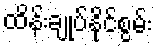
ထိန်းချုပ်နိုင်စွမ်း